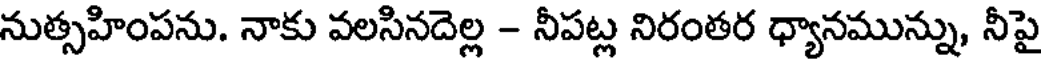
నుత్సహింపను. నాకు వలసినదెల్ల - నీపట్ల నిరంతర ధ్యానమున్ను, నీపై